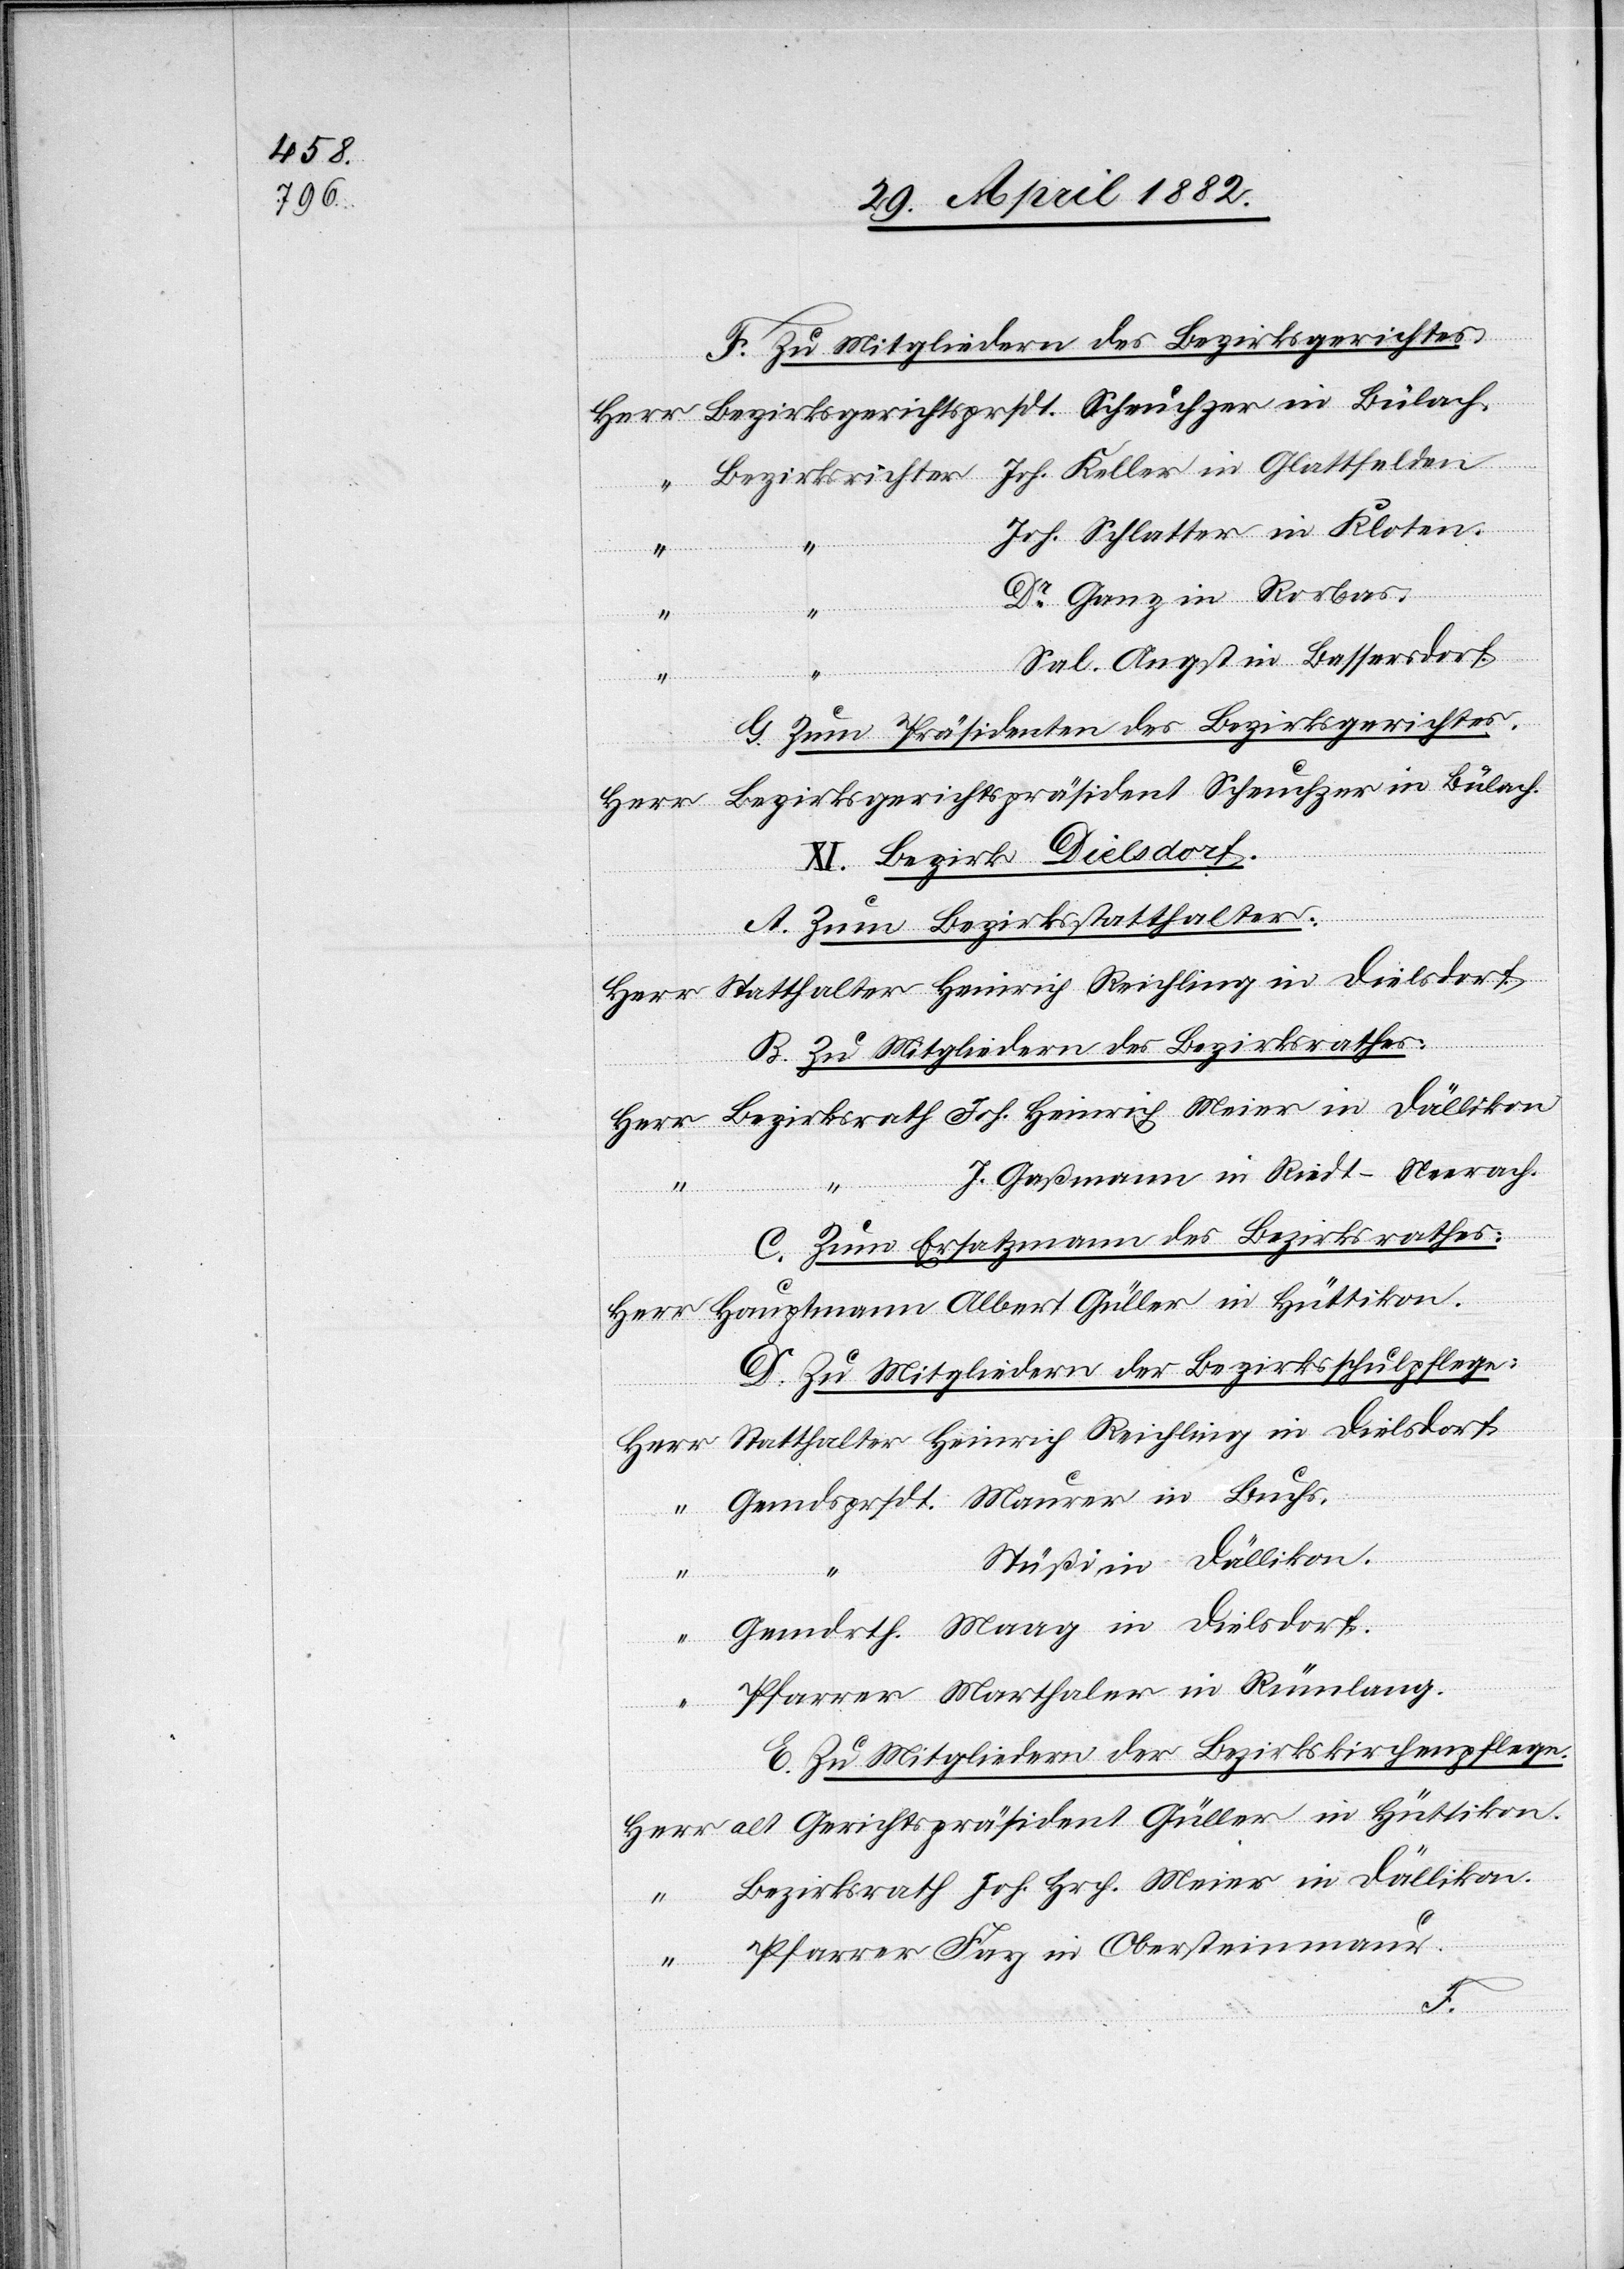
in
Ober¬

F. Zu Mitgliedern des Bezirksgerichtes.
Joh. Schlatter in Kloten.
Fay
“
Dr Ganz in Rorbas.
“
“
Sal. Angst in Bassersdorf.
heim.
G. Zum Präsidenten des Bezirksgerichtes.
XI. Bezirk Dielsdorf.
A. Zum Bezirksstatthalter.
B. Zu Mitgliedern des Bezirksrathes.
J. Gaßmann in Riedt - Neerach.
C. Zum Ersatzmann des Bezirksrathes.
D. Zu Mitgliedern der Bezirksschulpflege.
Meier in Dällikon.
E. Zu Mitgliedern der Bezirkskirchenpflege.
alt Gerichtspräsident Güller in Hüttikon.
stamm¬